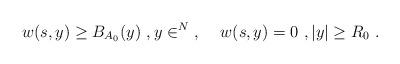
LaTeX: \begin{align*}w(s,y) \ge B_{A_0}(y)\ , y\in \real^N\ , \;\; \;\; w(s,y) = 0\ , |y|\ge R_0\ . \end{align*}